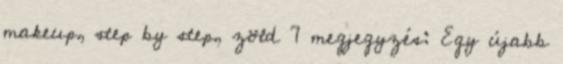
makeup, step by step, zöld 7 megjegyzés: Egy újabb